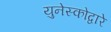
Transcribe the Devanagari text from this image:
युनेस्कोद्वारे